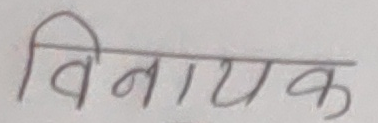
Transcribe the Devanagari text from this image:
विनायक